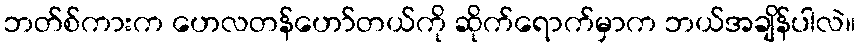
ဘတ်စ်ကားက ဟေလတန်ဟော်တယ်ကို ဆိုက်ရောက်မှာက ဘယ်အချိန်ပါလဲ။